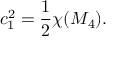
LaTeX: c _ { 1 } ^ { 2 } = \frac { 1 } { 2 } \chi ( { \cal M } _ { 4 } ) .